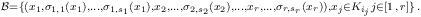
LaTeX: \begin{align*}\scriptstyle\mathcal{B}=\{(x_{1},\sigma_{1,1}(x_{1}),\ldots,\sigma_{1,s_{1}}(x_{1}),x_{2},\ldots,\sigma_{2,s_{2}}(x_{2}),\ldots,x_{r},\ldots,\sigma_{r,s_{r}}(x_{r})),x_{j}\in K_{i_{j}}j\in\lbrack1\,,\,r]\}\,.\end{align*}